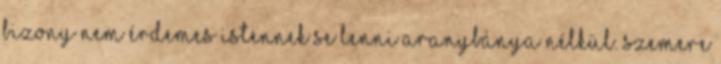
Bizony nem érdemes Istennek se lenni aranybánya nélkül. Szemere